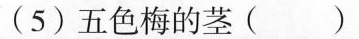
(5)五色梅的茎( )